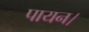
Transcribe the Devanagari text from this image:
पायन।